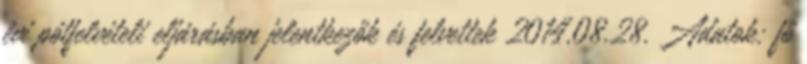
évi pótfelvételi eljárásban jelentkezők és felvettek 2014.08.28. Adatok: fő